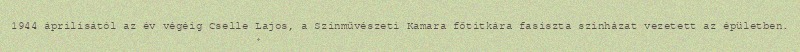
1944 áprilisától az év végéig Cselle Lajos, a Színművészeti Kamara főtitkára fasiszta színházat vezetett az épületben.